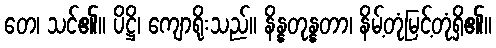
တေ၊ သင်၏။ ပိဋ္ဌိ၊ ကျောရိုးသည်။ နိန္နတုန္နတာ၊ နိမ့်တုံမြင့်တုံရှိ၏။